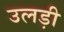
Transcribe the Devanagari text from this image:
उलड़ी